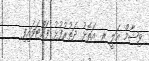
ވިޝާމް އަލީ ރ. އަތޮޅު ދަތުރުފުޅު ފައްޓަވައިފި